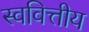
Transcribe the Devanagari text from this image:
स्ववित्तीय